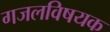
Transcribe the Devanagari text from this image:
गजलविषयक